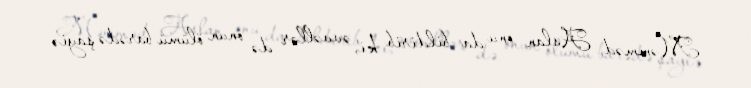
Məmməd Aslan onu da bildirib ki, əvvəllər də onun ölümü barədə şayiə